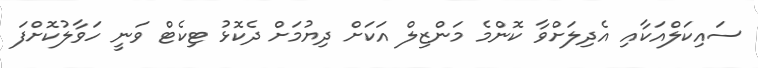
ސައިކަލްއަކާއި އެދިލަށްވާ ކޮންމެ މަންޒިލް އަކަށް ދިޔުމަށް ދެކޮޅު ޓިކެޓް ވަނީ ހަވާލުކޮށްފަ